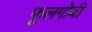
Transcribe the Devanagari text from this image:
फूलगोबी